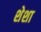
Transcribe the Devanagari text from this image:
शेशा